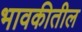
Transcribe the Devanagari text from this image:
भावकीतील